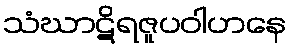
သံဃာဋိရဇူပဝါဟနေ